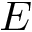
E